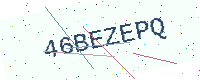
Text: 46BEZEPQ